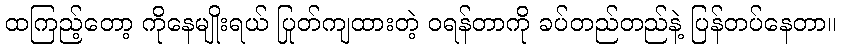
ထကြည့်တော့ ကိုနေမျိုးရယ် ပြုတ်ကျထားတဲ့ ဝရန်တာကို ခပ်တည်တည်နဲ့ ပြန်တပ်နေတာ။